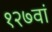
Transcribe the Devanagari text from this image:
१२७वां